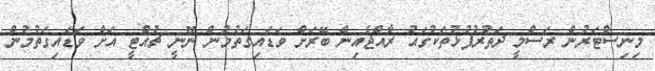
މިނިސްޓަރުން ރަސްމީ ދަތުރުފުޅުތަކުގައު ރާއްޖެއިން ބޭރަށް ވަޑައިގަތުމުން ނޫނީ ޗުއްޓީ އަށް ވަޑައިގަތުމުން